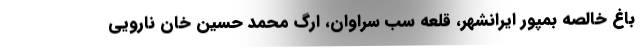
باغ خالصه بمپور ایرانشهر، قلعه سب سراوان، ارگ محمد حسین خان نارویی